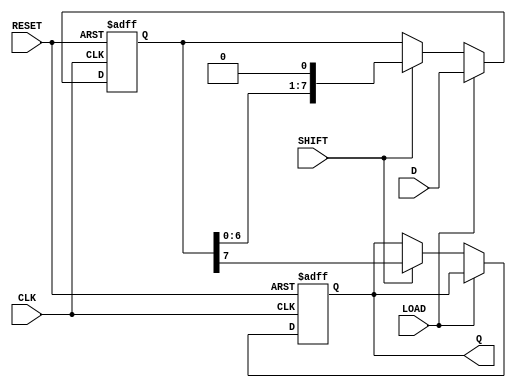
module PISO_Register #(
    parameter WIDTH = 8  // Width of the parallel data input
)(
    input  wire [WIDTH-1:0] D,     // Parallel data input
    input  wire LOAD,                // Load control signal
    input  wire SHIFT,               // Shift control signal
    input  wire CLK,                 // Clock signal
    input  wire RESET,               // Reset signal
    output reg  Q                   // Serial output
);

    reg [WIDTH-1:0] shift_reg;      // Internal shift register

    always @(posedge CLK or posedge RESET) begin
        if (RESET) begin
            // Clear the shift register on reset
            shift_reg <= {WIDTH{1'b0}};
            Q <= 1'b0;
        end else begin
            if (LOAD) begin
                // Load parallel data into the shift register
                shift_reg <= D;
            end else if (SHIFT) begin
                // Shift data out serially
                Q <= shift_reg[WIDTH-1];  // Output the MSB
                shift_reg <= {shift_reg[WIDTH-2:0], 1'b0};  // Shift left
            end
        end
    end

endmodule